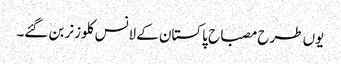
یوں طرح مصباح پاکستان کے لانس کلوزنر بن گئے۔